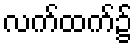
လက်ထက်၌